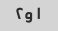
۱ و۲